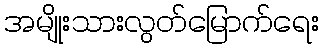
အမျိုးသားလွတ်မြောက်ရေး